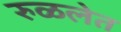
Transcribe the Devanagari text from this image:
रुळलेत